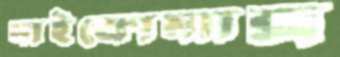
মাইক্রোম্যাক্স